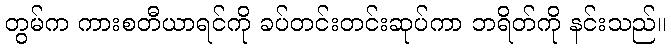
တွမ်က ကားစတီယာရင်ကို ခပ်တင်းတင်းဆုပ်ကာ ဘရိတ်ကို နင်းသည်။